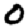
Digit: 0